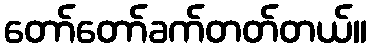
တော်တော်ခက်တတ်တယ်။